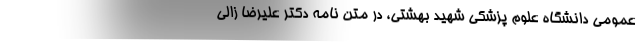
عمومی دانشگاه علوم پزشکی شهید بهشتی، در متن نامه دکتر علیرضا زالی